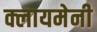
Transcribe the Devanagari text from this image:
क्लायमेनी